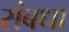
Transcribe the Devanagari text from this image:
संबधा